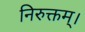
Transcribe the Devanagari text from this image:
निरुक्तम्।